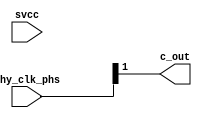
// This program was cloned from: https://github.com/intel/aib-phy-hardware
// License: Apache License 2.0

// SPDX-License-Identifier: Apache-2.0
// Copyright (C) 2019 Intel Corporation. All rights reserved

module io_min_interp_mux (

input      [3:0] phy_clk_phs, // half of 8 phase 1.6GHz clock
input            svcc,        // for soft tie high
output           c_out        // 1 of the 3 output phases
);

`ifdef TIMESCALE_EN
                timeunit 1ps;
                timeprecision 1ps;
`endif

parameter  INVERTER_DELAY = 15;
parameter  FINGER_DELAY   = 45;

wire  out_vl;

//--------------------------------------------------------------------------------------------------
//  Finger Mux delay for phs[0]
//--------------------------------------------------------------------------------------------------

assign #FINGER_DELAY out_vl = phy_clk_phs[1];
assign #(2 * INVERTER_DELAY) c_out = out_vl;

endmodule